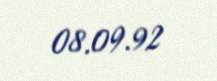
08.09.92